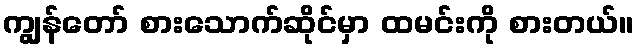
ကျွန်တော် စားသောက်ဆိုင်မှာ ထမင်းကို စားတယ်။